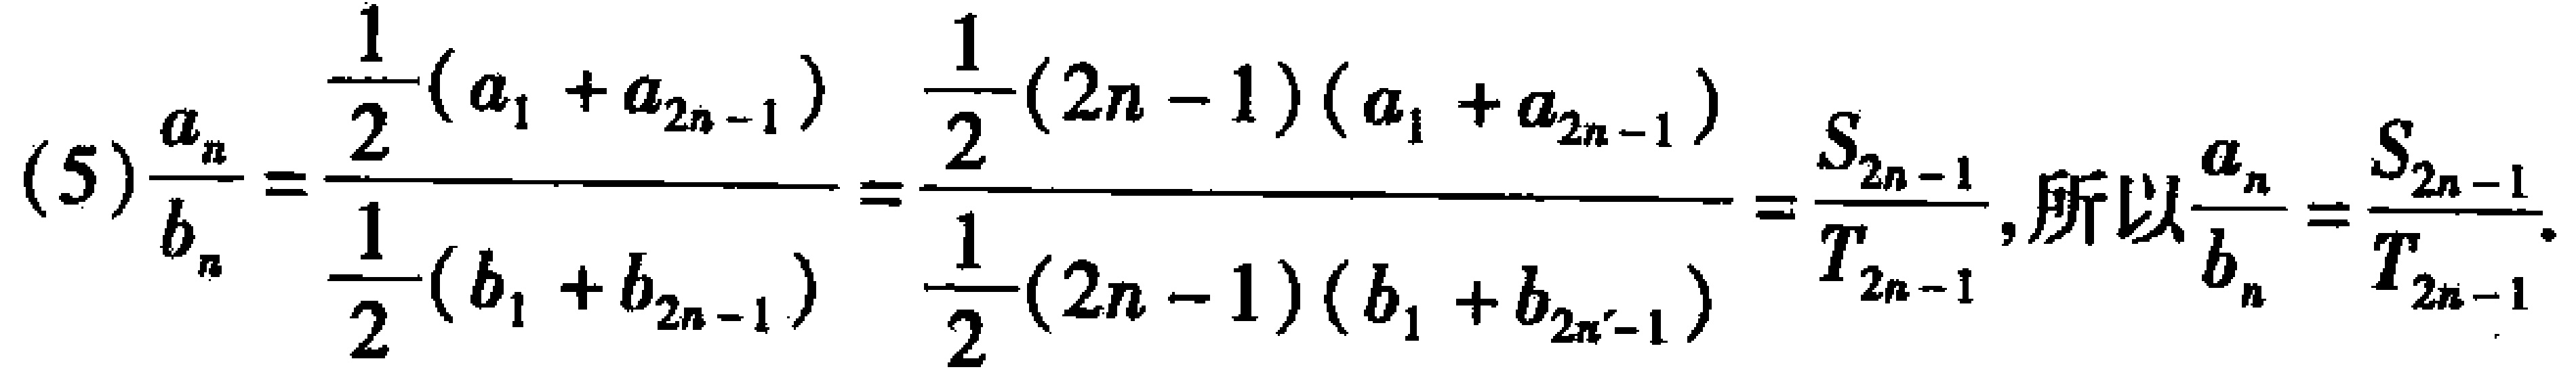
\[(5)\frac{a_{n}}{b_{n}}=\frac{\frac{1}{2}(a_{1}+a_{2n - 1})}{\frac{1}{2}(b_{1}+b_{2n - 1})}=\frac{\frac{1}{2}(2n - 1)(a_{1}+a_{2n - 1})}{\frac{1}{2}(2n - 1)(b_{1}+b_{2n - 1})}=\frac{S_{2n - 1}}{T_{2n - 1}},所以\frac{a_{n}}{b_{n}}=\frac{S_{2n - 1}}{T_{2n - 1}}.\]